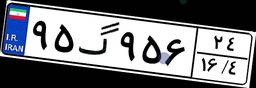
۹۵گ۹۵۶۲۴